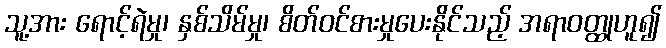
သူ့အား ရောင့်ရဲမှု၊ နှစ်သိမ်မှု၊ စိတ်ဝင်စားမှုပေးနိုင်သည့် အရာဝတ္ထုဟူ၍